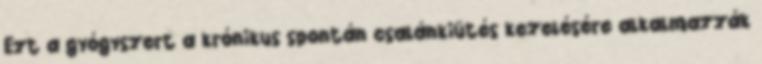
Ezt a gyógyszert a krónikus spontán csalánkiütés kezelésére alkalmazzák